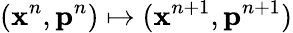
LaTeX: (\mathbf{x}^{n},\mathbf{p}^{n})\mapsto(\mathbf{x}^{n+1},\mathbf{p}^{n+1})